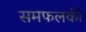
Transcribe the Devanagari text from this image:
समफलकी